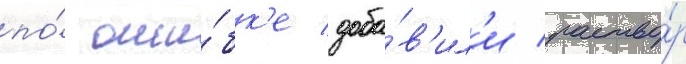
по́ оши́бк'е доба́в'ил'и раство́р